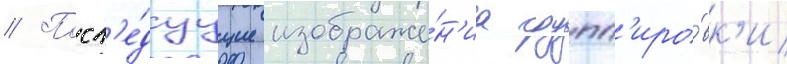
// Посл'е́дуущие изображе́н'иа групп'иро́вк'и